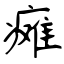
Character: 瘫